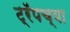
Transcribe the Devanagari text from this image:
ट्रॅपच्या